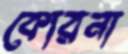
কোরনা